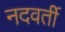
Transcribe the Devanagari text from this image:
नदवर्ती